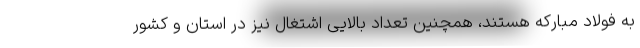
به فولاد مبارکه هستند، همچنین تعداد بالایی اشتغال نیز در استان و کشور